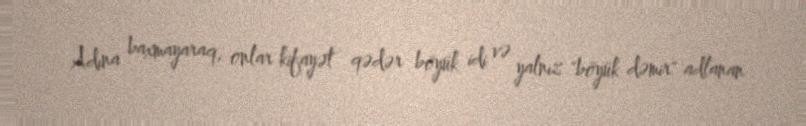
Adına baxmayaraq, onlar kifayət qədər böyük idi və yalnız "böyük dəmir" adlanan